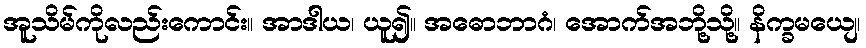
အူသိမ်ကိုလည်းကောင်း။ အာဒါယ၊ ယူ၍။ အဓောဘာဂံ၊ အောက်အဘို့သို့။ နိက္ခမယျေ၊